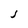
Character: j